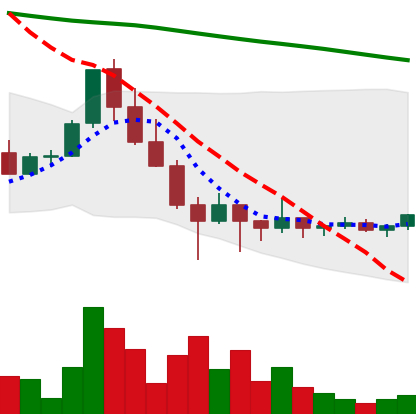
Ticker: ADA-USD
Chart end date: 2022-02-01
Forward return: 5.137%
Label: up_5_7